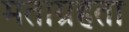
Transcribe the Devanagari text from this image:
मताग्रहता